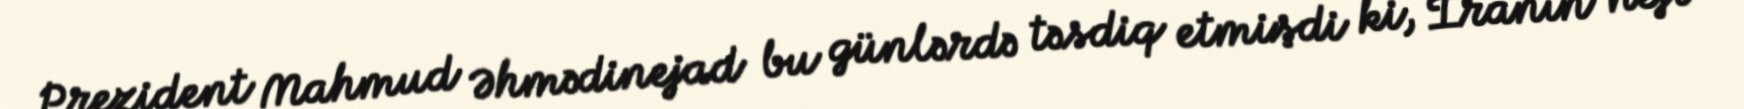
Prezident Mahmud Əhmədinejad bu günlərdə təsdiq etmişdi ki, İranın neft